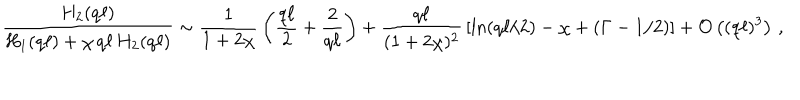
\frac { H _ { 2 } ( q \ell ) } { H _ { 1 } ( q \ell ) + \chi \, q \ell \, H _ { 2 } ( q \ell ) } \sim \frac { 1 } { 1 + 2 \chi } \, \left( \frac { q \ell } { 2 } + \frac { 2 } { q \ell } \right) + \frac { q \ell } { ( 1 + 2 \chi ) ^ { 2 } } \, \left[ \ln ( q \ell / 2 ) - \chi + ( \Gamma - 1 / 2 ) \right] + { \cal O } \left( ( q \ell ) ^ { 3 } \right) \, ,